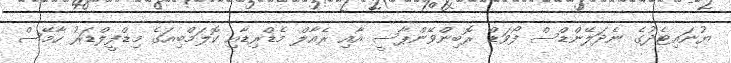
ޔުނައިޓެދުގެ ނެދަލޭންޑްސް ފޯވަޑް ރޮބިންވޭންޕާސީ އާއި ރެއާލް މެޑްރިޑާއި ކޮލަމްބިއަގެ މިޑްފީލްޑަރު ހާމޭސް